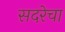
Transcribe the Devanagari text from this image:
सदरेचा